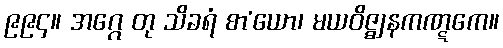
၉၉၄။ အဂ္ဂေ တု သိခရံ စာ’ယော၊ မယဝိဇ္ဈနကဏ္ဋကေ။